Leaving Certificate Examination, 1920, 1920
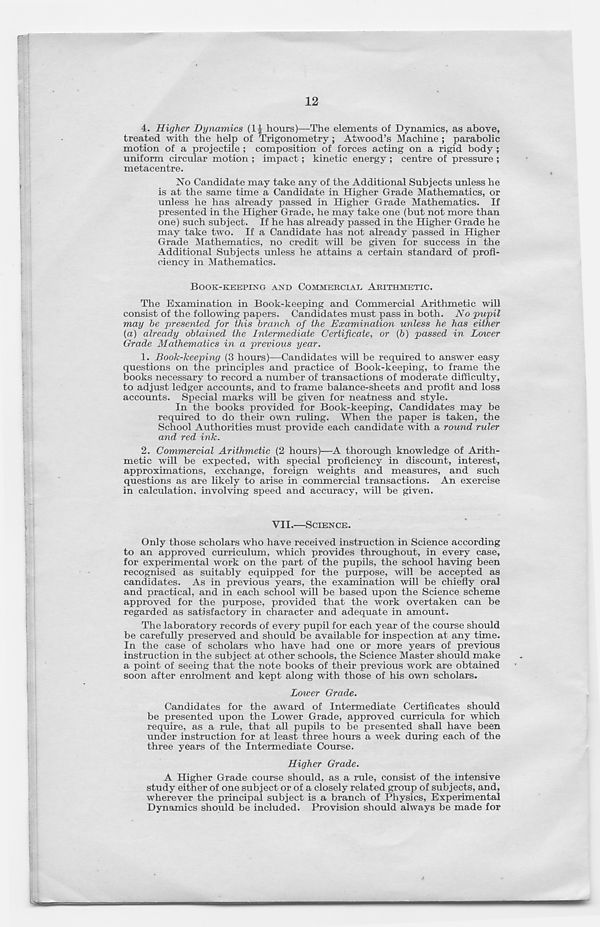
12
4. Higher Dynamics (11 hours)—The elements of Dynamics, as above,
treated with the help of Trigonometry; Atwood’s Machine; parabolic
motion of a projectile ; composition of forces acting on a rigid body ;
uniform circular motion ; impact; kinetic energy ; centre of pressure ;
metacentre.
No Candidate may take any of the Additional Subjects unless he
is at the same time a Candidate in Higher Grade Mathematics, or
unless he has already passed in Higher Grade Mathematics. If
presented in the Higher Grade, he may take one (but not more than
one) such subject. If he has already passed in the Higher Grade he
may take two. If a Candidate has not already passed in Higher
Grade Mathematics, no credit will be given for success in the
Additional Subjects unless he attains a certain standard of profi-
ciency in Mathematics.
BOOK-KEEPING AND COMMERCIAL, ARITHMETIC.
The Examination in Book-keeping and Commercial Arithmetic will
consist of the following papers. Candidates must pass in both. No pupil
may he presented for this branch of the Examination unless he has either
(a) already obtained the Intermediate Certificate, or (b) passed in Lower
Grade Mathematics in a previous year.
1. Book-keeping (3 hours)—Candidates will be required to answer easy
questions on the principles and practice of Book-keeping, to frame the
books necessary to record a number of transactions of moderate difficulty,
to adjust ledger accounts, and to frame balance-sheets and profit and loss
accounts. Special marks will be given for neatness and style.
In the books provided for Book-keeping, Candidates may be
required to do their own ruling. When the paper is taken, the
School Authorities must provide each candidate with a round ruler
and red ink.
2. Commercial Arithmetic (2 hours)—A thorough knowledge of Arith-
metic will be expected, with special proficiency in discount, interest,
approximations, exchange, foreign weights and measures, and such
questions as are likely to arise in commercial transactions. An exercise
in calculation, involving speed and accuracy, wall be given.
VII.—SCIENCE.
Only those scholars who have received instruction in Science according
to an approved curriculum, which provides throughout, in every case,
for experimental work on the part of the pupils, the school having been
recognised as suitably equipped for the purpose, will be accepted as
candidates. As in previous years, the examination will be chiefly oral
and practical, and in each school will be based upon the Science scheme
approved for the purpose, provided that the work overtaken can be
regarded as satisfactory in character and adequate in amount.
The laboratory records of every pupil for each year of the course should
be carefully preserved and should be available for inspection at any time.
In the case of scholars who have had one or more years of previous
instruction in the subject at other schools, the Science Master should make
a point of seeing that the note books of their previous work are obtained
soon after enrolment and kept along with those of his own scholars.
Lower Grade.
Candidates for the award of Intermediate Certificates should
be presented upon the Lower Grade, approved curricula for which
require, as a rule, that all pupils to be presented shall have been
under instruction for at least three hours a week during each of the
three years of the Intermediate Course.
Higher Grade.
A Higher Grade course should, as a rule, consist of the intensive
study either of one subject or of a closely related group of subjects, and,
wherever the principal subject is a branch of Physics, Experimental
Dynamics should be included. Provision should always be made for